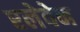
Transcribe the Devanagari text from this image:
एलेवेन